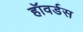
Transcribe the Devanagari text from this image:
हॉवर्डस